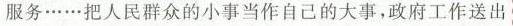
服务……把人民群众的小事当作自己的大事，政府工作送出